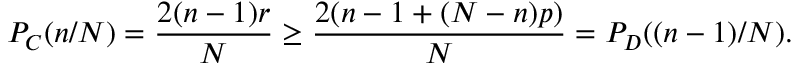
P _ { C } ( n / N ) = \frac { 2 ( n - 1 ) r } { N } \geq \frac { 2 ( n - 1 + ( N - n ) p ) } { N } = P _ { D } ( ( n - 1 ) / N ) .